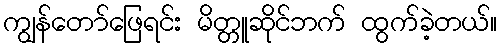
ကျွန်တော်ဖြေရင်း မိတ္တူဆိုင်ဘက် ထွက်ခဲ့တယ်။